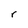
Character: r